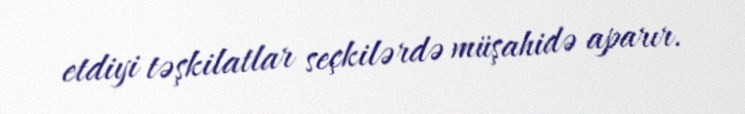
etdiyi təşkilatlar seçkilərdə müşahidə aparır.